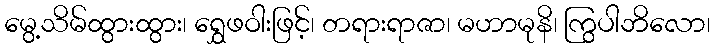
မွေ့သိမ်ထွားထွား၊ ရွှေဖဝါးဖြင့်၊ တရားရာဇာ၊ မဟာမုနိ၊ ကြွပါဘိလော၊